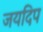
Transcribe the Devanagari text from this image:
जयदिप